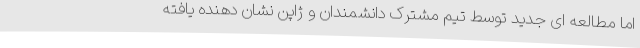
اما مطالعه ای جدید توسط تیم مشترک دانشمندان و ژاپن نشان دهنده یافته